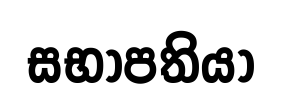
සභාපතියා